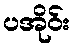
ပအိုဝ်း